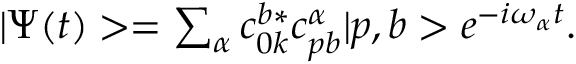
\begin{array} { r } { | \Psi ( t ) > = \sum _ { \alpha } c _ { 0 k } ^ { b * } c _ { p b } ^ { \alpha } | p , b > e ^ { - i \omega _ { \alpha } t } . } \end{array}